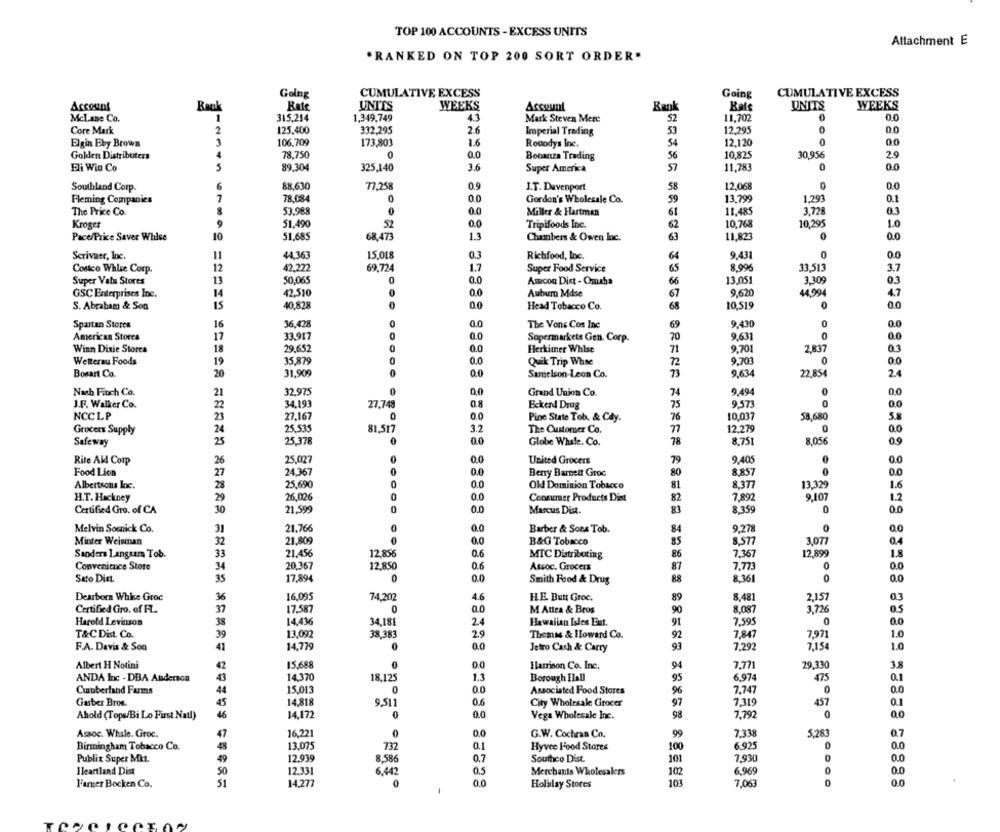
TOP 100 ACCOUNTS - EXCESS UNITS
Attachment E
'RANKED ON TOP 200 SORT ORDER"
CUMULATIVE EXCESS
CUMULATIVE EXCESS
Going
Going
Account
Bank
UNITS
WEEKS
Account
Bank
UNITS
WEEKS
1
315,214
1,349,749
4.3
Mark Steven Mere
52
11,702
McLane Co.
Core Mark
2
125.400
332,295
2.6
Imperial Trading
53
12,295
0.0
Elgin Eby Brown
3
106,709
173,803
1.6
Rooodys Inc.
12.120
0
0.0
Golden Distributer
78,750
0.0
Bonanza Trading
10,825
30.956
2.9
Eli Wia Co
5
89.304
3.6
Super America
11,783
0
0.0
325,140
Southland Corp.
6
88,630
77,258
0.9
I.T. Davenport
58
12,068
0.0
Fleming Companies
7
78.084
0.0
Gordon's Wholesale Co.
13,799
1,293
0.1
The Price Co.
53.988
0
Miller & Hartman
11.485
3,72
03
Kroger
9
51.490
52
.0
Tripifoods Inc.
10.768
10,295
1.0
Pace/Price Saver Whise
10
51.685
68,473
1.3
Chambers & Owen loc.
11.823
0
Scrivaer, Inc.
11
44.363
15.018
0.3
Richfood, Inc.
9.431
0
0.0
12
42,222
69.724
Super Food Service
65
8.996
33,513
3.7
Costco Whice Corp.
1.7
Super Valu Stores
13
50.065
0
0.0
Amcon Dist - Omaha
13.051
3.309
0.3
GSC Enterprises Inc.
14
42.510
Auburn Mdse
67
9,620
44,994
4.7
S. Abraham & Son
15
40.828
0
Head Tobacco Co.
10,519
0.0
Spartan Stores
16
36.428
0
0.0
The Vons Cos Inc
9.430
0
0.0
0
American Stores
17
33,917
0.0
Supermarkets Gen. Corp.
9,631
Winn Dixie Stores
18
29.652
0
0.0
Herkimer Whise
9.701
2,837
03
Wetterau Foods
19
35.879
0.0
Quik Trip Whse
72
9.701
0.0
Bosart Co.
20
31.909
0
0,0
Samelson-Leon Co.
9.634
22,854
2.
Nach Fitch Co.
21
32,975
0,0
Grand Union Co.
9.494
0.0
0
J.F. Walker Co.
34,193
27.748
0.8
Eckerd Drug
9.573
NCCLP
27-167
0
0.0
10.037
58,680
Pine State Tob. & Cdy.
5.8
Grocers Supply
24
25.535
81.517
3.2
The Customer Co.
12.279
0
25
25.378
0.0
Globe Whske. Co.
78
8.751
8,056
09
Safeway
25,027
0
0.0
Rite Aid Corp
26
United Grocers
9,405
0.0
Food Lion
24.367
0
0.0
Beny Barnett Groc
8,857
0.0
25,690
0
8377
Albertsons Inc.
28
0.0
Old Dominion Tobacco
13,329
1.6
H.T. Hackney
20
26,026
0
0.0
Consumer Products Dist
7,892
9,107
1.2
30
21.599
0.0
83
Certified Gro. of CA
Marcus Dist.
8,359
0.0
Melvin Somick Co.
31
21.766
0.0
Barber & Sons Tob.
9,278
Minter Weisman
32
21,809
0
0.0
B&G Tobacco
85
3,077
04
Sanders Langsam Tob.
33
21.456
12.856
0.6
MIC Distributing
86
7.367
12,899
1.8
Convenituce Store
20.367
12.850
0.6
Assoc. Grocer
7.773
0
0.0
34
87
Sato Dist.
35
17,894
0
0.0
Smith Food & Drug
8,361
0
0.0
Dearborn Whise Groc
36
16.095
74,202
4.6
HE Butt Groc.
89
8.481
2,157
0.3
17.587
0
0.0
M Attea & Bros
8.087
0.5
Certified Gro. of FL.
37
90
3,726
Harold Levinson
38
14.436
34.181
2.4
Hawaiian Isles Ent.
91
7,595
0.0
T&CDist Co.
13.092
38.383
2.9
Thomas & Howard Co.
7,847
1.0
39
92
7,971
F.A. Davis & Son
14,779
0
0.0
Jetro Cash & Carry
93
7,292
7,15
1.0
Albert H Notini
15,688
0
0.0
Harrison Co. Inc.
94
7,771
29.330
3.8
ANDA Inc - DBA Anderson
14,370
18,125
13
Borough Hall
95
6.974
475
0.1
Cumberland Farms
15.013
0.0
Associated Food Stores
96
7.747
0
00
Gasber Bros.
14,818
9,511
0.6
City Wholesale Grocer
97
7.319
457
0.1
Ahold (Tops/Bi Lo First Natl)
14,172
0
0.0
Vega Wholesale Inc.
98
7.792
0
Assoc. Whsie. Groc.
16.221
0
99
7,338
5,283
0.0
G.W. Cochran Co.
0.7
Birmingham Tobacco Co.
13.075
732
0.1
Hyvee Food Stores
100
6.925
0
0.0
12.939
8.586
Southco Dist.
101
7.930
Publix Super Mkt.
0.7
0.0
Heartland Dist
SO
12.331
6,442
0.5
Merchants Wholesalers
102
6.969
0.0
51
14,277
0.0
103
D
00
F'amer Bocken Co.
Holiday Stores
7,063